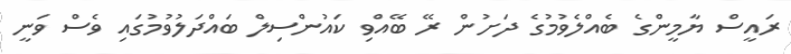
ރައީސް ޔާމީންގެ ބެއްލެވުމުގެ ދަށުން ރޭ ބޭއްވި ކައުންސިލް ބައްދަލުވުމުގައި ވެސް ވަނީ